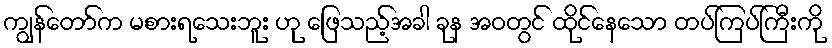
ကျွန်တော်က မစားရသေးဘူး ဟု ဖြေသည့်အခါ ခုန အဝတွင် ထိုင်နေသော တပ်ကြပ်ကြီးကို